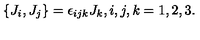
\left\{ J _ { i } , J _ { j } \right\} = \epsilon _ { i j k } J _ { k } , i , j , k = 1 , 2 , 3 .